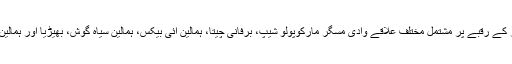
ضلع ہنزہ میں956مربع کلومیڑ کے رقبے پر مشتمل مختلف علاقے وادی مسگر مارکوپولو شیپ، برفانی چیتا، ہمالین آئی بیکس، ہمالین سیاہ گوش، بھیڑیا اور ہمالین بھورا ریچھ بھی پایا جاتا ہے ۔